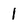
Character: 1